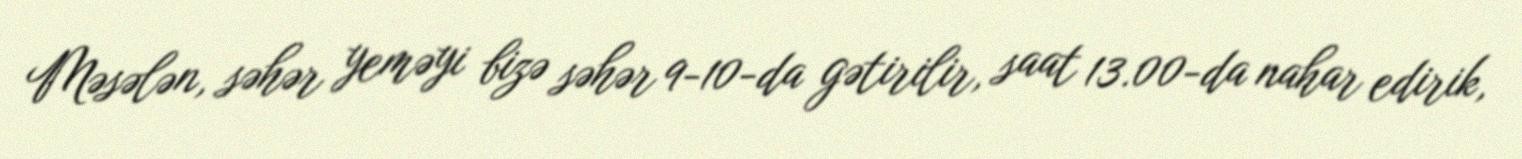
Məsələn, səhər yeməyi bizə səhər 9-10-da gətirilir, saat 13.00-da nahar edirik,